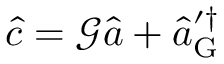
\hat { c } = \mathcal { G } \hat { a } + \hat { a } _ { \mathrm { G } } ^ { \prime \dagger }